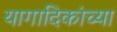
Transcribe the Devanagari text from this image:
यागादिकांच्या